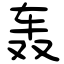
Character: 轰